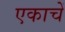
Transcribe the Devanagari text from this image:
एकाचें